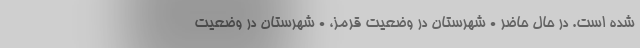
شده است. در حال حاضر ۰ شهرستان در وضعیت قرمز، ۰ شهرستان در وضعیت